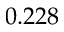
0 . 2 2 8